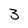
Character: 3